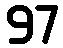
97